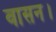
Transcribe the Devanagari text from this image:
वासन।